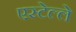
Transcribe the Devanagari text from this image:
एस्टेल्ले